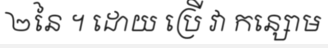
២នៃ ។ ដោយ ប្រើ វា កន្សោម